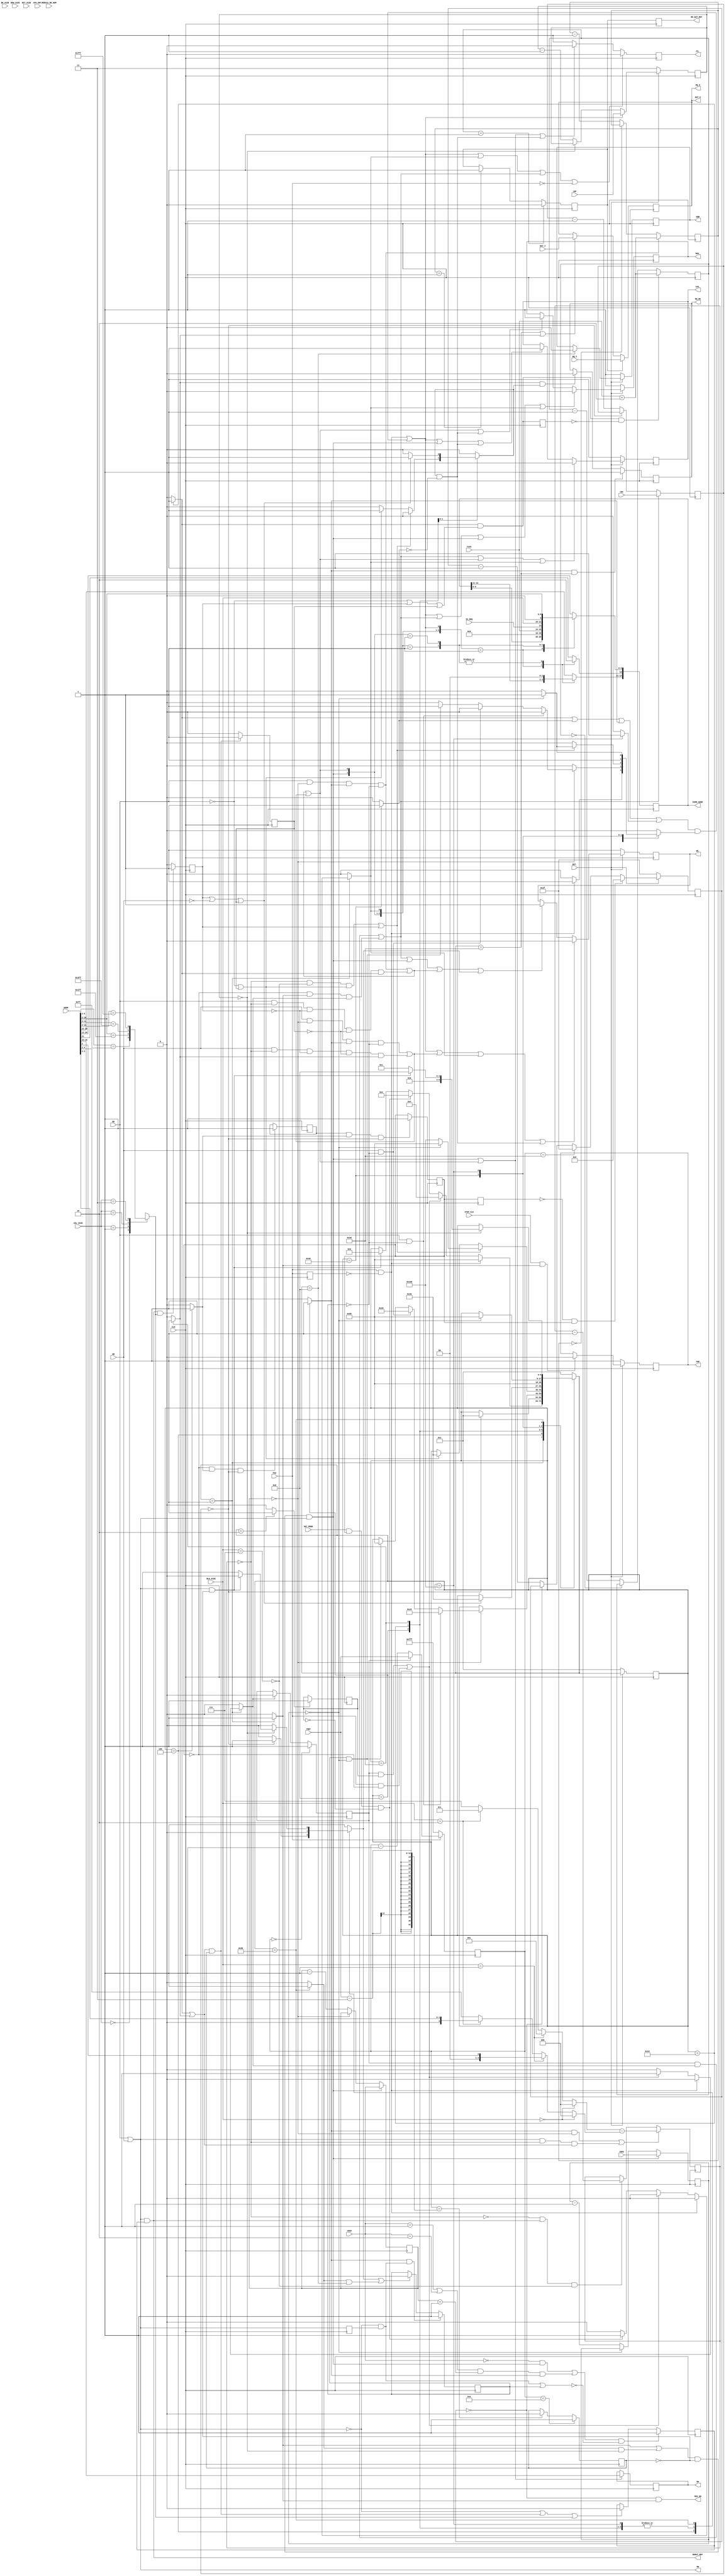
/*
 * This file is part of the DSLogic-hdl project.
 *
 * Copyright (C) 2014 DreamSourceLab <support@dreamsourcelab.com>
 *
 * This program is free software; you can redistribute it and/or modify
 * it under the terms of the GNU General Public License as published by
 * the Free Software Foundation; either version 2 of the License, or
 * (at your option) any later version.
 *
 * This program is distributed in the hope that it will be useful,
 * but WITHOUT ANY WARRANTY; without even the implied warranty of
 * MERCHANTABILITY or FITNESS FOR A PARTICULAR PURPOSE.  See the
 * GNU General Public License for more details.
 *
 * You should have received a copy of the GNU General Public License
 * along with this program; if not, write to the Free Software
 * Foundation, Inc., 51 Franklin St, Fifth Floor, Boston, MA  02110-1301 USA
 */

 `timescale 1ns/100ps
`define D #1

module sdram_ctl(
    CLK, RST_,
                                // REG interface
    STOP_CLK, PAA, SET_MODE, BLK_SIZE, IS_SEQ, 
    MODULE_BK_NUM, ROW_SIZE, COL_SIZE, BK_SIZE, BIT_SIZE, 
    tRCD, tCAS, tRAS, tRP,
    tREF, tRC,  //note: tRC minus 1
    				// from/to host side    				
    ADDR, RD, WR, DAT_I, DAT_O,
    RD_DAT_RDY, BURST_RDY, RW, 
    CPU_GNT_, MUX_EN,
    				// from/to DIMM
    CKE, CS_,
    RAS_, CAS_, WE_, DQM,
    BA,  DIMM_ADDR,    
    DQ_I, DQ_O, DQ_OE );

input CLK, RST_;

input  STOP_CLK, PAA, SET_MODE;
input  [2:0] BLK_SIZE;
input        IS_SEQ, MODULE_BK_NUM;
input  [1:0] ROW_SIZE,  // 2'b00 : A0-A10,   2'b01 : A0-A11, 2'b10 : A0-A12
             BIT_SIZE;  // 2'b00 : 4,        2'b01 : 8,      2'b10 : 16,      2'b11 : 32
input        BK_SIZE;   // 1'b0  : B0,        1'b1 : B0-B1
input  [1:0] COL_SIZE;  // 3'b000: A0-A7     3'b001: A0-A8   3'b010: A0-A9
                         // 3'b011: A0-A9,A11 3'b100: A0-A9, A11, A12
input   [1:0] tRCD, tCAS, tRP;
input   [2:0] tRAS;
input  [11:0] tREF;
input   [3:0] tRC;

input  [31:0] ADDR;
input  RD, WR;
input  [15:0] DAT_I;
output [15:0] DAT_O;
output RD_DAT_RDY, BURST_RDY;
output RW;
input  CPU_GNT_;
output MUX_EN;


output  CKE, RAS_, CAS_, WE_;
output  CS_;
output  DQM;
output  [1:0] BA;
output [12:0] DIMM_ADDR;
input  [15:0] DQ_I;
output [15:0] DQ_O;
output DQ_OE;

/*=============================================================
 +    Parameters definition
 +=============================================================*/
//parameter SD_IDLE       = 0,  SD_SET_MODE   = 12,
////        SD_SELF_REF   = 2,  SD_POWER_DOWN = 4,
//          SD_AUTO_REF   = 3,  SD_ROW_ACTIVE = 9,
//          SD_READ       = 8,  SD_WRITE      = 1,
//          SD_BURST_TERM = 13, SD_PRECHARGE  = 11,
//          SD_RD2PRECH   = 10;
//          
//reg [3:0] D_SD, Q_SD;
parameter SD_IDLE       = 9'b000000001;
parameter SD_SET_MODE   = 9'b000000010;
parameter SD_AUTO_REF   = 9'b000000100;
parameter SD_ROW_ACTIVE = 9'b000001000;
parameter SD_READ       = 9'b000010000;
parameter SD_WRITE      = 9'b000100000;
parameter SD_BURST_TERM = 9'b001000000;
parameter SD_PRECHARGE  = 9'b010000000;
parameter SD_RD2PRECH   = 9'b100000000;
          
reg [8:0] D_SD, Q_SD;
/*=============================================================
 +    Z variables of main state machine
 +=============================================================*/
reg  q_precharge, q_idle, q_burst_term,     
     q_rd,        q_wr,   q_auto_ref, q_row_active,
     q_set_mode,  q_rd2prech;
reg  d_precharge, d_idle, d_set_mode, d_burst_term,
     d_auto_ref;
     
wire q_rw = q_rd | q_wr;
wire d_wr = (D_SD == SD_WRITE);
//wire d_wr         = D_SD[5];
wire d_row_active = (D_SD == SD_ROW_ACTIVE); 
/*=============================================================
 +    init_finished
 +=============================================================*/
reg init_finished = 1'b0, d_init_finished;
reg q_init_cnt = 1'b0,    d_init_cnt;
wire RC_CNT_EQ_0;
always @(posedge CLK)
    q_init_cnt <= `D d_init_cnt;

always @( q_init_cnt or init_finished or q_auto_ref or RC_CNT_EQ_0 ) begin
    d_init_cnt = q_init_cnt;
    if( !init_finished & q_auto_ref & RC_CNT_EQ_0 ) d_init_cnt = 1;
end
    
always @(posedge CLK)
    init_finished <= `D d_init_finished;

always @(init_finished or q_init_cnt or q_auto_ref or RC_CNT_EQ_0 ) begin
    d_init_finished = init_finished;
    if( q_init_cnt & q_auto_ref & RC_CNT_EQ_0 ) d_init_finished = 1;
end

/*=============================================================
 +    set_mode_finished
 +=============================================================*/
reg set_mode_finished = 1'b0;
always  @(posedge CLK)
	if(q_set_mode) set_mode_finished <= 1;

/*=============================================================
 +    Counters
 +=============================================================*/
wire start_ref_timing;
reg  inhibit_new_cmd_reg = 1'b0;
wire inhibit_new_cmd = inhibit_new_cmd_reg;
assign RW =  RD | WR;

reg  D_RW = 1'b0;
wire D_RWt = D_RW;
wire st_break_rw = !RW & D_RWt;
always @(posedge CLK)
    D_RW <= RW;

reg  break_rw = 1'b0;
always @(posedge CLK)
    if( q_row_active & st_break_rw )          break_rw <= 1;
    else if( d_idle | q_precharge & d_row_active ) break_rw <= 0;   // q_idle -->d_idle

wire RP_CNT_EQ_0;

reg  [1:0] TIMING_CNT = 2'b0;
wire [1:0] TIMING_CNT_DEC_1 = (TIMING_CNT - 1'b1);
wire       TIMING_CNT_EQ_0  = (TIMING_CNT == 2'b0);
wire       TIMING_CNT_EQ_1  = (TIMING_CNT == 2'd1);
wire start_row_active = ( q_idle | q_precharge & RP_CNT_EQ_0 ) & !inhibit_new_cmd & RW;
always @(posedge CLK)
    if(start_row_active) TIMING_CNT <= tRCD;   // tRCD - 1
    else if(!TIMING_CNT_EQ_0) TIMING_CNT <= TIMING_CNT_DEC_1;

reg  S_PAA = 1'b0;
wire start_init_prech = PAA & !S_PAA;
always @( posedge CLK ) S_PAA <= `D PAA;
    
reg  [1:0] RP_CNT = 2'b0;
wire [1:0] RP_CNT_DEC_1 = (RP_CNT - 1'b1);
assign     RP_CNT_EQ_0  = (RP_CNT == 2'b0);
wire start_norm_precharge  = ( q_rd | q_burst_term | q_row_active | q_rd2prech ) & d_precharge;
wire start_precharge  = start_init_prech | start_norm_precharge;
always @(posedge CLK)
    if(!RST_)	               RP_CNT <= 2'h3;
    else if(start_precharge) RP_CNT <= tRP;    // tRP - 1
    else if(!RP_CNT_EQ_0)    RP_CNT <= RP_CNT_DEC_1;

reg  [3:0] RC_CNT = 4'b0;
wire [3:0] RC_CNT_DEC_1 = (RC_CNT - 1'b1);
assign  RC_CNT_EQ_0  = (RC_CNT == 4'b0);
always @( posedge CLK)
    if(start_ref_timing) RC_CNT <= tRC;
    else if( !RC_CNT_EQ_0 )   RC_CNT <= RC_CNT_DEC_1;

reg  [2:0] RAS_CNT = 3'b0;
wire [2:0] RAS_CNT_DEC_1 = (RAS_CNT - 1'b1);
wire       RAS_CNT_EQ_0  = (RAS_CNT == 3'b0);
wire   PRECHARGE_EN = RAS_CNT_EQ_0;
always @(posedge CLK)
	if(start_row_active) RAS_CNT <= tRAS;
	else if(!RAS_CNT_EQ_0) 	  RAS_CNT <= RAS_CNT_DEC_1;

//reg  [1:0] CAS_CNT;
//wire [1:0] CAS_CNT_DEC_1 = CAS_CNT - 1;
//wire       CAS_CNT_EQ_0  = CAS_CNT == 0;
//wire       CAS_CNT_EQ_1  = CAS_CNT == 1;
//wire start_fst_rd = RD & TIMING_CNT_EQ_0 & q_row_active & !break_rw;
//wire start_fst_wr = WR & TIMING_CNT_EQ_0 & q_row_active & !break_rw;
//always @(posedge CLK)
//    if( !RST_ )              CAS_CNT <= 0;
//    else if( start_fst_rd )  CAS_CNT <= tCAS;
//    else if( !CAS_CNT_EQ_0 ) CAS_CNT <= CAS_CNT_DEC_1;

reg  [2:0] CAS_CNT = 3'b0;
wire [2:0] CAS_CNT_DEC_1 = (CAS_CNT - 1'b1);
wire       CAS_CNT_EQ_0  = (CAS_CNT == 3'd0);
wire       CAS_CNT_EQ_1  = (CAS_CNT == 3'd1);
wire start_fst_rd = RD & TIMING_CNT_EQ_0 & q_row_active & !break_rw;
wire start_fst_wr = WR & TIMING_CNT_EQ_0 & q_row_active & !break_rw;
always @(posedge CLK)
    if( start_fst_rd )  CAS_CNT <= tCAS + 2'b10;
    else if( !CAS_CNT_EQ_0 ) CAS_CNT <= CAS_CNT_DEC_1;        

reg  [11:0] REF_CNT = 12'b0;
wire [11:0] REF_CNTt = REF_CNT;
wire [11:0] REF_CNT_DEC_1 = (REF_CNT - 1'b1);
//wire REF_CNT_EQ_0  = (REF_CNT == 12'b0);
reg  REF_CNT_EQ_0 = 1'b0;
always @(posedge CLK)
    if(REF_CNT == 12'b0) REF_CNT_EQ_0 <= `D 1'b1;
	 else if (d_auto_ref) REF_CNT_EQ_0 <= `D 1'b0;
	 
//assign start_ref_timing = REF_CNT_EQ_0 | !init_finished & q_idle & d_auto_ref;
assign start_ref_timing = (REF_CNT_EQ_0 & d_auto_ref) | (!init_finished & q_idle & d_auto_ref);

always @( posedge CLK)
    if( !PAA )         REF_CNT <= `D 12'hFFF;
    else if( REF_CNT_EQ_0 ) REF_CNT <= `D tREF;
    else                    REF_CNT <= `D REF_CNT_DEC_1;

always @( posedge CLK)
    if( REF_CNTt == 10 ) inhibit_new_cmd_reg <= 1;
    //else if( REF_CNT_EQ_0 )   inhibit_new_cmd_reg <= 0;
    else if( REF_CNTt == (tREF - 3) )   inhibit_new_cmd_reg <= 0;
        
reg inhibit_rw_reg = 1'b0;
wire inhibit_rw = inhibit_rw_reg;
always @(posedge CLK)
    if( q_rw & inhibit_new_cmd ) inhibit_rw_reg <= 1'b1;
    else                              inhibit_rw_reg <= 1'b0;

reg s_init_finished = 1'b0;
wire st_init_finished = !s_init_finished & init_finished;
always @( posedge CLK ) 
    s_init_finished <= `D init_finished;

reg [5:0] M_CNT;
wire M_CNT_EQ_0 = M_CNT == 0;
wire MUX_EN = M_CNT_EQ_0 & q_idle;
always @( posedge CLK)
    if( !RST_ )                 M_CNT <= `D 6'h2F;
    else if( st_init_finished ) M_CNT <= `D 6'h00;
    else if( REF_CNT == 32)     M_CNT <= `D 6'h2F;
    else if(  !M_CNT_EQ_0 )     M_CNT <= `D (M_CNT - 1'b1);
    
/*=============================================================
 +    BURST_CNT :  BURST_CNT
 +=============================================================*/
wire [2:0] BLK_LENGTH = BLK_SIZE == 3'b000 ? 0 :
                        BLK_SIZE == 3'b001 ? 1 :
                        BLK_SIZE == 3'b010 ? 3 : 7;
wire [2:0] blk_addr  =  BLK_SIZE == 3'b000 ? 0         :
                        BLK_SIZE == 3'b001 ? ADDR[2]   :
                        BLK_SIZE == 3'b010 ? ADDR[3:2] : ADDR[4:2];
wire FULL_PAGE = BLK_SIZE == 3'b111;

wire page_boundary;
reg [2:0] BURST_CNT = 3'b0;
wire start_burst = ((tRCD == 0) & start_row_active) | 
                   ((tRCD == 1 | tRCD == 2) & TIMING_CNT_EQ_1 & q_row_active );
wire [2:0] BURST_CNT_DEC_1 = (BURST_CNT - 1'b1);
wire BURST_CNT_EQ_0 = (BURST_CNT == 3'd0);
wire BURST_CNT_EQ_1 = (BURST_CNT == 3'd1);
wire last_blk_word = BURST_CNT_EQ_0 & !FULL_PAGE;
always @( posedge CLK)
    if( q_row_active & TIMING_CNT_EQ_0 | RW & BURST_CNT_EQ_0 & q_rw )
                BURST_CNT <= BLK_LENGTH - blk_addr;
    else if( !BURST_CNT_EQ_0 & BURST_RDY & !FULL_PAGE ) 
                BURST_CNT <= BURST_CNT_DEC_1;

reg d_page_boundary;
always @( ADDR or COL_SIZE or CPU_GNT_ ) begin
    case( COL_SIZE )    // synopsys parallel_case full_case
    //2'b00: d_page_boundary = CPU_GNT_ & ( ADDR[ 9:2] ==  8'hFF );
    //2'b01: d_page_boundary = CPU_GNT_ & ( ADDR[10:2] ==  9'h1FF );
    //2'b10: d_page_boundary = CPU_GNT_ & ( ADDR[11:2] == 10'h3FF );
    //2'b11: d_page_boundary = CPU_GNT_ & ( ADDR[12:2] == 11'h7FF );
        2'b00: d_page_boundary = ( ADDR[ 9:2] ==  8'hFF );              // add by dengshan 2009-8-11
        2'b01: d_page_boundary = ( ADDR[10:2] ==  9'h1FF );
        2'b10: d_page_boundary = ( ADDR[11:2] == 10'h3FF );
        2'b11: d_page_boundary = ( ADDR[12:2] == 11'h7FF );    
    endcase
end

reg page_boundary_reg = 1'b0;
assign page_boundary = page_boundary_reg;
always @(posedge CLK)
    if( BURST_RDY & d_page_boundary ) page_boundary_reg <= 1;
    else                              page_boundary_reg <= 0;

wire start_nxt_rd = RD & BURST_CNT_EQ_0 & !page_boundary & 
                        !inhibit_rw & q_rd;
wire start_nxt_wr = WR & BURST_CNT_EQ_0 & !page_boundary & 
                        !inhibit_rw & q_wr;
/*=============================================================
 +    BURST_RDY,  RD_DAT_RDY
 +=============================================================*/
reg  BURST_RDY_D = 1'b0;
wire BURST_RDY = RW & BURST_RDY_D ;
always @(posedge CLK)
    if( start_burst & !( st_break_rw | break_rw ) )
                   BURST_RDY_D <= 1'b1;
    else if( !RW | q_rw & inhibit_new_cmd | d_page_boundary ) 
                   BURST_RDY_D <= 1'b0;
		
reg  DQ_OE = 1'b0;
wire BURST_RDYt = BURST_RDY;
always @(posedge CLK)
	if( q_row_active & d_wr ) DQ_OE <= `D 1'b1;
	else if( q_wr & d_burst_term ) DQ_OE <= `D 1'b0;

//reg  [1:0] last_dat_cnt;
//wire       last_dat_cnt_EQ_0  = last_dat_cnt == 0;
//wire       last_dat_cnt_EQ_1  = last_dat_cnt == 1;
//wire [1:0] last_dat_cnt_dec_1 = last_dat_cnt  - 1;
//wire lst_rd = q_rd & ( !RD | page_boundary | inhibit_rw );            // added 1110
//reg  lst_rd_d;                                                            // added 1110
//wire st_lst_rd = lst_rd & !lst_rd_d;                                      // added 1110
////always @(posedge CLK) lst_rd_d <= lst_rd;                                 // added 1110
//always @(posedge CLK) lst_rd_d <= lst_rd;                                 // added 1110
//
//always @(posedge CLK)
//    if(!RST_)                   last_dat_cnt <= 0;
//    else if(st_lst_rd)    	     last_dat_cnt <= tCAS;// + 2'b10;   // start_lst_rd --> st_lst_rd  @ 1110
//    else if(!last_dat_cnt_EQ_0) last_dat_cnt <= last_dat_cnt_dec_1;

reg  [2:0] last_dat_cnt = 3'b0;
wire       last_dat_cnt_EQ_0  = (last_dat_cnt == 3'b0);
wire       last_dat_cnt_EQ_1  = (last_dat_cnt == 3'd1);
wire [2:0] last_dat_cnt_dec_1 = (last_dat_cnt  - 1'b1);
wire lst_rd = q_rd & ( !RD | page_boundary | inhibit_rw );            // added 1110
reg  lst_rd_d = 1'b0;                                                            // added 1110
wire st_lst_rd = lst_rd & !lst_rd_d;                                      // added 1110
always @(posedge CLK)
    lst_rd_d <= lst_rd;                                 // added 1110

always @(posedge CLK)
    if(st_lst_rd)    	     last_dat_cnt <= tCAS + 2'b10;   // start_lst_rd --> st_lst_rd  @ 1110
    else if(!last_dat_cnt_EQ_0) last_dat_cnt <= last_dat_cnt_dec_1;
        
reg Q_DAT_RDY = 1'b0;
wire DAT_RDY = Q_DAT_RDY;
always @(posedge CLK)
    if(last_dat_cnt_EQ_1) Q_DAT_RDY <= 1'b0;
    else if(CAS_CNT_EQ_1)      Q_DAT_RDY <= 1'b1;

reg  Q_RD_DAT_RDY = 1'b0;
wire RD_DAT_RDY = Q_RD_DAT_RDY;
always @(posedge CLK) Q_RD_DAT_RDY <= DAT_RDY; 
/*=============================================================
 +    [15:0] DAT       :    Data Output to Master/DIMM
 +=============================================================*/
reg  [15:0] DAT = 16'b0;
wire [15:0] DAT_O = DAT;
wire [15:0] DQ_O = DAT;
always @(posedge CLK)
    if( DAT_RDY )     DAT <= `D DQ_I;
    else if( d_wr | q_wr ) DAT <= `D DAT_I;

/*=============================================================
 +    CKE : Clock Enable
 +=============================================================*/
reg CKE = 1'b0;
always @(posedge CLK) begin
    if(!RST_ )                  CKE <= 1;
    else if(STOP_CLK  & q_idle) CKE <= 0;
end

/*=============================================================
 +           RAS_         :    Row Address Select
 +=============================================================*/
reg Q_RAS_, D_RAS_;
wire RAS_ = Q_RAS_;
wire start_burst_term = d_burst_term & !q_burst_term;
wire start_rd = start_fst_rd | start_nxt_rd;
wire start_wr = start_fst_wr | start_nxt_wr;
wire start_rw = start_rd | start_wr;
						
always @( Q_RAS_ or start_precharge or start_ref_timing or
	      start_rw or start_row_active or d_set_mode  or start_burst_term ) begin
    D_RAS_ = Q_RAS_;
    if(start_precharge  | start_ref_timing |
  	   start_row_active |  d_set_mode )       D_RAS_ = 1'b0;
    else if(start_rw | start_burst_term )     D_RAS_ = 1'b1;
end

wire D_RASt_ = D_RAS_;
always @(posedge CLK)
    if(!RST_) Q_RAS_ <= `D 1'b1;
    else      Q_RAS_ <= `D D_RASt_;

/*=============================================================
 +           CAS_         :    Column Address Select
 +=============================================================*/
reg Q_CAS_, D_CAS_;
wire CAS_ = Q_CAS_;
always @( Q_CAS_ or start_precharge or start_ref_timing or
	      start_rw or start_row_active or  d_set_mode or start_burst_term ) begin
    D_CAS_ = Q_CAS_;
    if( start_ref_timing |
        		start_rw | d_set_mode ) D_CAS_ = 1'b0;
    else if( start_precharge | start_row_active |
		        start_burst_term )      D_CAS_ = 1'b1;
end

wire D_CASt_ = D_CAS_;
always @(posedge CLK)
    if(!RST_) Q_CAS_ <= `D 1;
    else      Q_CAS_ <= `D D_CASt_;
/*=============================================================
 +           WE_          :    Write Enable
 +=============================================================*/
reg Q_WE_, D_WE_;
wire WE_ = Q_WE_;
always @( Q_WE_ or start_precharge or start_ref_timing  or
  	   start_rd or start_wr or start_row_active or d_idle or d_set_mode or start_burst_term ) begin
     D_WE_ = Q_WE_;
    if(start_precharge | start_wr | d_set_mode | start_burst_term)                   D_WE_ = 1'b0;
    else if(start_ref_timing  | start_row_active | start_rd | d_idle) D_WE_ = 1'b1;
end

wire D_WEt_ = D_WE_;
always @(posedge CLK)
    if(!RST_) Q_WE_ <= `D 1'b1;
    else      Q_WE_ <= `D D_WEt_;
  
/*=============================================================
 +     [3:0] DQM          :    Data I/O Mask
 +=============================================================*/
reg  Q_DQM;
wire DQM = Q_DQM;
always @(posedge CLK)
    if( !RST_ )             Q_DQM <= `D 1;
    else if( d_row_active ) Q_DQM <= `D 0;

/*=============================================================
 +    [12:0] DIMM_ADDR     :    DIMM Row/Column Address
 +           MODULE_BK_NUM :    Module banks number
 +           CS_           :    Chip Select
 +     [1:0] BA            :    Bank Address
 + [1:0] ROW_SIZE  2'b00   : A0-A10,            2'b01 : A0-A11
 +                 2'b10   : A0-A12
 + [1:0] BIT_SIZE  2'b00   : 4,                 2'b01 : 8
 +                 2'b10   : 16(not supported), 2'b11 : 32(not supported) 
 +       BK_SIZE   2'b0    : BA0,               2'b1  : BA0-BA1
 + [1:0] COL_SIZE  2'b00  : A0-A7               3'b01: A0-A8
 +                 2'b10  : A0-A9               3'b11: A0-A9,A11
 +=============================================================*/
reg  [12:0] Q_DIMM_ADDR = 13'b0, D_DIMM_ADDR;
reg   Q_CS_ = 1'b0, D_CS_;
reg   [1:0] Q_BA = 2'b0, D_BA;

assign DIMM_ADDR = Q_DIMM_ADDR;
assign CS_ = Q_CS_;
assign BA = Q_BA;
always @(posedge CLK) begin
	Q_DIMM_ADDR <= `D D_DIMM_ADDR;
	Q_CS_ <= `D D_CS_;
	Q_BA <= `D D_BA;
end
		
always @(Q_BA     or Q_CS_      or Q_DIMM_ADDR      or PAA                   or
         BK_SIZE  or ROW_SIZE   or start_row_active or start_init_prech      or
         BIT_SIZE or d_set_mode or start_precharge  or 
         start_ref_timing       or start_rw         or  start_norm_precharge or
         ADDR     or COL_SIZE   or start_burst_term or tCAS                  or
         IS_SEQ   or BLK_SIZE) begin
    D_DIMM_ADDR = Q_DIMM_ADDR;
    D_CS_  = Q_CS_;     D_BA = Q_BA;    
    case({BK_SIZE,ROW_SIZE,COL_SIZE,BIT_SIZE}) //synopsys parallel_case full_case
        //8'b1_01_01_01: begin  // 4 X 4K X 512 X 8
        //    if(start_init_prech | start_norm_precharge | d_set_mode | start_ref_timing | !PAA)
        //          D_CS_ = 1'b0;
        //    else if( start_row_active | start_rw | start_burst_term )
        //          D_CS_ = 1'b0;
        //    else  D_CS_ = 1'b1;

        //    if( start_row_active | start_rw ) D_BA = ADDR[24:23];

        //    casex({start_row_active, start_rw, d_set_mode, start_precharge})
        //        4'b0001:  D_DIMM_ADDR[10] = 1'b1;
        //        4'b001x:  D_DIMM_ADDR ={ 6'b0, 1'b0, tCAS, IS_SEQ, BLK_SIZE };
        //        4'b01xx:  D_DIMM_ADDR = ADDR[10:2];
        //        default:  D_DIMM_ADDR = ADDR[22:11];
        //    endcase

        //end                               
        //8'b1_01_10_00: begin  // 4 X 4K X 1K X 4
        //    if(start_init_prech | start_norm_precharge | d_set_mode | start_ref_timing | !PAA)
        //          D_CS_ = 1'b0;
        //    else if( start_row_active | start_rw |	start_burst_term )
        //          D_CS_ = 1'b0;
        //    else  D_CS_ = 1'b1;

        //    if( start_row_active | start_rw ) D_BA = ADDR[25:24];

        //    casex({start_row_active, start_rw, d_set_mode, start_precharge})
        //        4'b0001:  D_DIMM_ADDR[10] = 1'b1;
        //        4'b001x:  D_DIMM_ADDR ={ 6'b0, 1'b0, tCAS, IS_SEQ, BLK_SIZE };
        //        4'b01xx:  D_DIMM_ADDR = ADDR[11:2];
        //        default:  D_DIMM_ADDR = ADDR[23:12];
        //    endcase
        //        
        //end                               
        //8'b1_01_10_01: begin  // 4 X 4K X 1K X 8
        //    if(start_init_prech | start_norm_precharge | d_set_mode | start_ref_timing | !PAA)
        //          D_CS_ = 1'b0;
        //    else if( start_row_active | start_rw |	start_burst_term )
        //          D_CS_ = 1'b0;
        //    else  D_CS_ = 1'b1;

        //    if( start_row_active | start_rw ) D_BA = ADDR[25:24];

        //    casex({start_row_active, start_rw, d_set_mode, start_precharge})
        //        4'b0001:  D_DIMM_ADDR[10] = 1'b1;
        //        4'b001x:  D_DIMM_ADDR ={ 6'b0, 1'b0, tCAS, IS_SEQ, BLK_SIZE };
        //        4'b01xx:  D_DIMM_ADDR = ADDR[11:2];
        //        default:  D_DIMM_ADDR = ADDR[23:12];
        //    endcase                
        //    
        //end
        //8'b1_01_11_01: begin  // 4 X 4K X 2K X 4
        //    if(start_init_prech | start_norm_precharge | d_set_mode | start_ref_timing | !PAA)
        //          D_CS_ = 1'b0;
        //    else if( start_row_active | start_rw | start_burst_term ) 
        //          D_CS_ = 1'b0;
        //    else  D_CS_ = 1'b1;

        //    if( start_row_active | start_rw ) D_BA = ADDR[26:25];
        //        
        //    casex({start_row_active, start_rw, d_set_mode, start_precharge})
        //        4'b0001:  D_DIMM_ADDR[10] = 1'b1;
        //        4'b001x:  D_DIMM_ADDR ={ 6'b0, 1'b0, tCAS, IS_SEQ, BLK_SIZE };
        //        4'b01xx:  D_DIMM_ADDR = {ADDR[12], 1'b0, ADDR[11:2]};
        //        default:  D_DIMM_ADDR = ADDR[24:13];
        //    endcase
        //                    
        //end

        //8'b1_10_01_10: begin  // 4 X 8K X 512 X 16
        //    if(start_init_prech | start_norm_precharge | d_set_mode | start_ref_timing | !PAA)
        //          D_CS_ = 1'b0;
        //    else if( start_row_active | start_rw | start_burst_term ) 
        //          D_CS_ = 1'b0;
        //    else  D_CS_ = 1'b1;

        //    if( start_row_active | start_rw ) D_BA = ADDR[25:24];

        //    casex({start_row_active, start_rw, d_set_mode, start_precharge})
        //        4'b0001:  D_DIMM_ADDR[10] = 1'b1;
        //        4'b001x:  D_DIMM_ADDR ={ 6'b0, 1'b0, tCAS, IS_SEQ, BLK_SIZE };
        //        4'b01xx:  D_DIMM_ADDR = ADDR[10: 2];
        //        default:  D_DIMM_ADDR = ADDR[23:11];
        //    endcase
        //end


        //8'b1_10_10_01: begin  // 4 X 8K X 1K X 8
        //    if(start_init_prech | start_norm_precharge | d_set_mode | start_ref_timing | !PAA)
        //          D_CS_ = 1'b0;
        //    else if( start_row_active | start_rw | start_burst_term ) 
        //          D_CS_ = 1'b0;
        //    else  D_CS_ = 1'b1;

        //    if( start_row_active | start_rw ) D_BA = ADDR[26:25];

        //    casex({start_row_active, start_rw, d_set_mode, start_precharge})
        //        4'b0001:  D_DIMM_ADDR[10] = 1'b1;
        //        4'b001x:  D_DIMM_ADDR ={ 6'b0, 1'b0, tCAS, IS_SEQ, BLK_SIZE };
        //        4'b01xx:  D_DIMM_ADDR = ADDR[11:2];
        //        default:  D_DIMM_ADDR = {1'b0, ADDR[24:12]};
        //    endcase             
        //    
        //end
        //8'b1_10_11_00: begin  // 4 X 8K X 2K X 4
        //    if(start_init_prech | start_norm_precharge | d_set_mode | start_ref_timing | !PAA)
        //          D_CS_ = 1'b0;
        //    else if( start_row_active | start_rw | start_burst_term )
        //          D_CS_ = 1'b0;
        //    else  D_CS_ = 1'b1;

        //    if( start_row_active | start_rw ) D_BA = ADDR[27:26];

        //    casex({start_row_active, start_rw, d_set_mode, start_precharge})
        //        4'b0001:  D_DIMM_ADDR[10] = 1'b1;
        //        4'b001x:  D_DIMM_ADDR ={ 6'b0, 1'b0, tCAS, IS_SEQ, BLK_SIZE };
        //        4'b01xx:  D_DIMM_ADDR = {ADDR[12], 1'b0, ADDR[11:2]};
        //        default:  D_DIMM_ADDR = ADDR[25:13];
        //    endcase
        //                    
        //end
        //8'b1_00_00_11: begin
        //    if( start_init_prech | start_norm_precharge | d_set_mode | start_ref_timing | !PAA)
        //          D_CS_ = 1'b0;
        //    else if( start_row_active | start_rw | start_burst_term )
        //          D_CS_ = 1'b0;
        //    else  D_CS_ = 1'b1;

        //    if( start_row_active | start_rw ) D_BA = ADDR[22:21];

        //    casex({start_row_active, start_rw, d_set_mode, start_precharge})
        //        4'b0001:  D_DIMM_ADDR[10] = 1'b1;
        //        4'b001x:  D_DIMM_ADDR ={ 6'b0, 1'b0, tCAS, IS_SEQ, BLK_SIZE };
        //        4'b01xx:  D_DIMM_ADDR = ADDR[9:2];
        //        default:  D_DIMM_ADDR = ADDR[20:10];
        //    endcase                
        //    
        //end

        default: begin
            if(start_init_prech | start_norm_precharge | d_set_mode | start_ref_timing | !PAA)
                  D_CS_ = 1'b0;
            else if( start_row_active | start_rw |	start_burst_term )
                  D_CS_ = 1'b0;
            else  D_CS_ = 1'b1;

            if( start_row_active | start_rw ) D_BA = ADDR[25:24];

            casex({start_row_active, start_rw, d_set_mode, start_precharge})
                4'b0001:  D_DIMM_ADDR[10] = 1'b1;
                4'b001x:  D_DIMM_ADDR ={ 6'b0, 1'b0, tCAS, IS_SEQ, BLK_SIZE };
                4'b01xx:  D_DIMM_ADDR = ADDR[10:2];
                default:  D_DIMM_ADDR = ADDR[23:11];
            endcase
                            
        end
    endcase
end


/*=============================================================
 +    Main State Machine(Mealy) of SDRAM Controller
 +=============================================================*/

always @( Q_SD     or init_finished      or start_init_prech or
          PAA      or SET_MODE           or RP_CNT_EQ_0      or
          WR       or TIMING_CNT_EQ_0    or page_boundary    or
          RD       or last_blk_word      or inhibit_new_cmd  or
          RW       or set_mode_finished  or REF_CNT_EQ_0     or
          break_rw or inhibit_rw or PRECHARGE_EN or RC_CNT_EQ_0 ) begin
    q_idle       = 0;
    q_rd       = 0;     q_precharge  = 0;
    q_wr       = 0;     q_row_active = 0;
    q_auto_ref = 0;     q_burst_term = 0;
    q_set_mode = 0;     q_rd2prech   = 0;

    d_idle     = 0;     d_precharge  = 0;
    d_set_mode = 0;     d_burst_term = 0;
    d_auto_ref = 0;
    D_SD = Q_SD;
    case (Q_SD)                 // synthesis parallel_case
        SD_IDLE: begin
            q_idle = 1;
            if( start_init_prech ) begin
                d_precharge = 1;
                D_SD = SD_PRECHARGE;
            end
            else if( REF_CNT_EQ_0 & set_mode_finished | PAA & !init_finished ) begin
            		d_auto_ref = 1;
                D_SD = SD_AUTO_REF;
            end
            else if(SET_MODE & init_finished & !set_mode_finished) begin
                d_set_mode = 1;
                D_SD = SD_SET_MODE;
            end			
            else if(RW & !inhibit_new_cmd) begin
                D_SD = SD_ROW_ACTIVE;
            end
        end
        SD_SET_MODE: begin
            q_set_mode = 1;
            d_idle     = 1;
            D_SD = SD_IDLE;
        end

        SD_AUTO_REF: begin
            q_auto_ref = 1;
            if( RC_CNT_EQ_0 )  begin
                d_idle = 1;
                D_SD = SD_IDLE;
            end
        end
        SD_ROW_ACTIVE: begin
            q_row_active = 1;
            if( TIMING_CNT_EQ_0 ) begin
                if( RD & !break_rw )      D_SD = SD_READ;
                else if( WR & !break_rw ) D_SD = SD_WRITE;
                else if( break_rw & PRECHARGE_EN ) begin
                    d_precharge = 1;                       // add by jzhang 1010
                    D_SD = SD_PRECHARGE;                   // For RD/WR signal by jzhang @ 1109
                end
            end
        end
        SD_READ: begin
            q_rd = 1;
            if( last_blk_word & ( !RD | inhibit_rw )	| page_boundary  ) begin
                if( PRECHARGE_EN ) begin
                    d_precharge = 1;
                    D_SD = SD_PRECHARGE;
                end
                else D_SD = SD_RD2PRECH;
            end
            else if(!RD | inhibit_rw ) begin
                d_burst_term = 1;
                D_SD = SD_BURST_TERM;
            end
        end
        SD_WRITE: begin
            q_wr = 1;
            if( page_boundary |!WR | inhibit_rw ) begin //tWR > 1
                d_burst_term = 1;
                D_SD = SD_BURST_TERM;
            end
        end
        SD_BURST_TERM: begin
            q_burst_term = 1;
            d_precharge  = 1;
            D_SD = SD_PRECHARGE;
	end
	SD_RD2PRECH : begin
            q_rd2prech   = 1;
	    if( PRECHARGE_EN ) begin
                d_precharge = 1;
                D_SD = SD_PRECHARGE;
	    end
	end
        SD_PRECHARGE: begin							  
            q_precharge = 1;
            if( RP_CNT_EQ_0 ) begin
                if(RW & !inhibit_new_cmd)  begin
                    D_SD = SD_ROW_ACTIVE;
                end
                else begin
                    d_idle = 1;
                    D_SD = SD_IDLE;
                end
            end
        end
        default: begin
            d_idle = 1;
            D_SD = SD_IDLE;
        end
    endcase
end

wire [8:0] D_SDt = D_SD;
always @(posedge CLK) begin
    if(!RST_) Q_SD <= `D SD_IDLE;
    else      Q_SD <= `D D_SDt;
end		  
endmodule